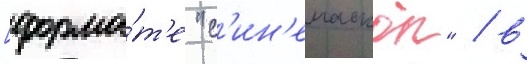
[форма́т'е "с'ин'емаскоп" / в